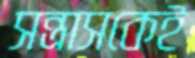
সন্ত্রাসকেই